Document type: Sale
Year: 1499
Scribe: Joan Martínez de Sòria
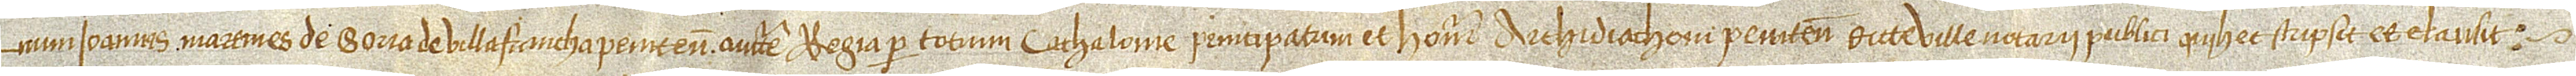
num Ioannis Martines de Soria, de Villafrancha Penitensis, auctoritate regia per totum Cathalonie Principatum et honorabilis archidiaconi Penitensis dicte ville notarii publici, qui hec scripsit et clausit.